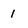
Character: 1